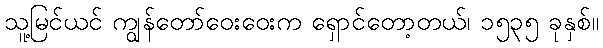
သူ့မြင်ယင် ကျွန်တော်ဝေးဝေးက ရှောင်တော့တယ်၊ ၁၅၃၅ ခုနှစ်။